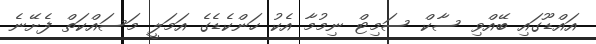
އައްޑޫގައި ބޭއްވި ސާކް ސަމިޓް ނިމުމާ އެކު ހަންކެޑެގެ އަމަލީ މަސައްކަތް ފެށޭނެ